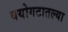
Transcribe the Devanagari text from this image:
वयोगटातल्या